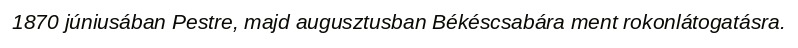
1870 júniusában Pestre, majd augusztusban Békéscsabára ment rokonlátogatásra.